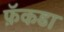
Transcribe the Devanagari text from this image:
फ़ॅकडा